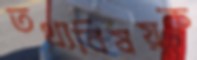
তথ্যবিষয়ক